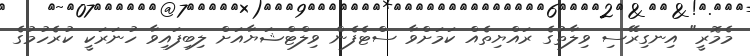
މެމޮރީ" އިނގިރޭސި ވިލާތުގެ ރައްޔިތެއް ކަމަށްވާ ސްޓެފެން ވިލްޓްޝަޔާއަށް ލިބިފައިވާ ހުނަރަކީ ކުރެހުމުގެ